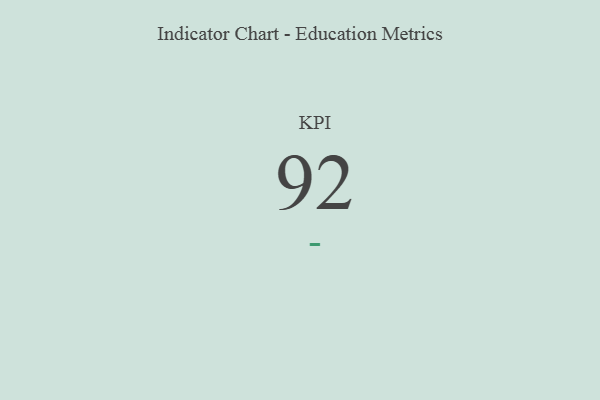
{"axis": {"x": "KPI", "y": "Value"}, "legend": [""], "data": [{"x": "KPI", "y": 92, "type": ""}]}